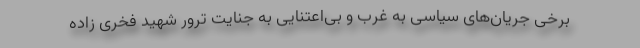
برخی جریان‌های سیاسی به غرب و بی‌اعتنایی به جنایت ترور شهید فخری زاده